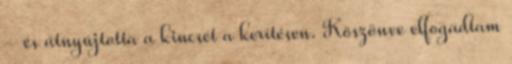
– és átnyújtotta a kincsét a kerítésen. Köszönve elfogadtam